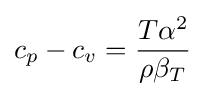
c_{p}-c_{v}={\frac {T\alpha ^{2}}{\rho \beta _{T}}}